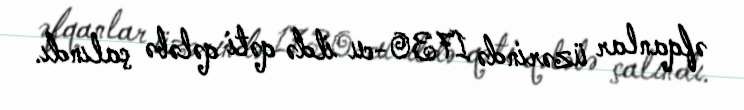
əfqanlar üzərində 1730-cu ildə qəti qələbə çalındı.